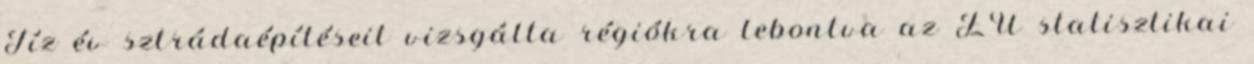
Tíz év sztrádaépítéseit vizsgálta régiókra lebontva az EU statisztikai